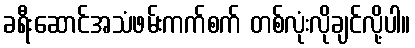
ခရီးဆောင်အသံဖမ်းကက်စက် တစ်လုံးလိုချင်လို့ပါ။